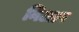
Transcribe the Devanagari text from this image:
निआप